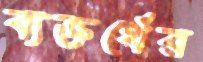
ব্যক্তর্থের